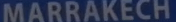
MARRAKECH